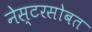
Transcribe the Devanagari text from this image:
नेस्टरसोबत